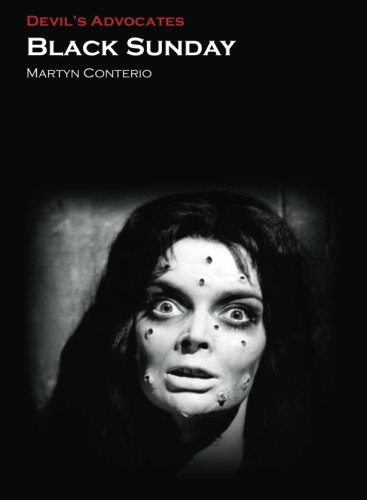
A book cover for Black Sunday (Devil's Advocates); Martyn Conterio; Humor & Entertainment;